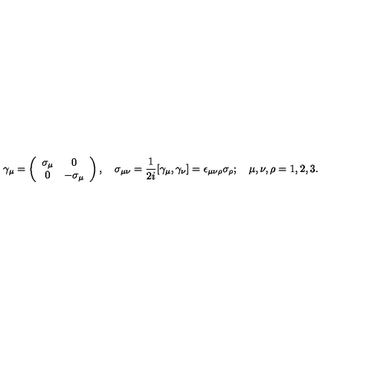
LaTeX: \gamma _ { \mu } = \left( \begin{array} { c c } { \sigma _ { \mu } } & { 0 } \\ { 0 } & { - \sigma _ { \mu } } \\ \end{array} \right) , \quad \sigma _ { \mu \nu } = { \frac { 1 } { 2 i } } [ \gamma _ { \mu } , \gamma _ { \nu } ] = \epsilon _ { \mu \nu \rho } \sigma _ { \rho } ; \quad \mu , \nu , \rho = 1 , 2 , 3 .